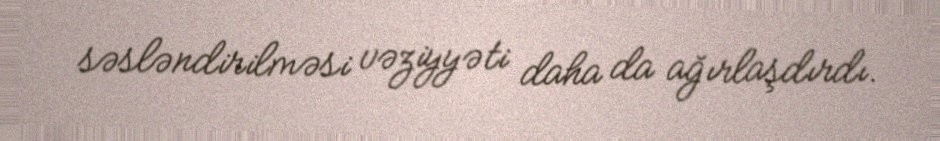
səsləndirilməsi vəziyyəti daha da ağırlaşdırdı.